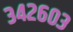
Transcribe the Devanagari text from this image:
३४२६०३